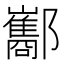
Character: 酅